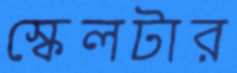
স্কেলটার